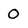
Character: 0